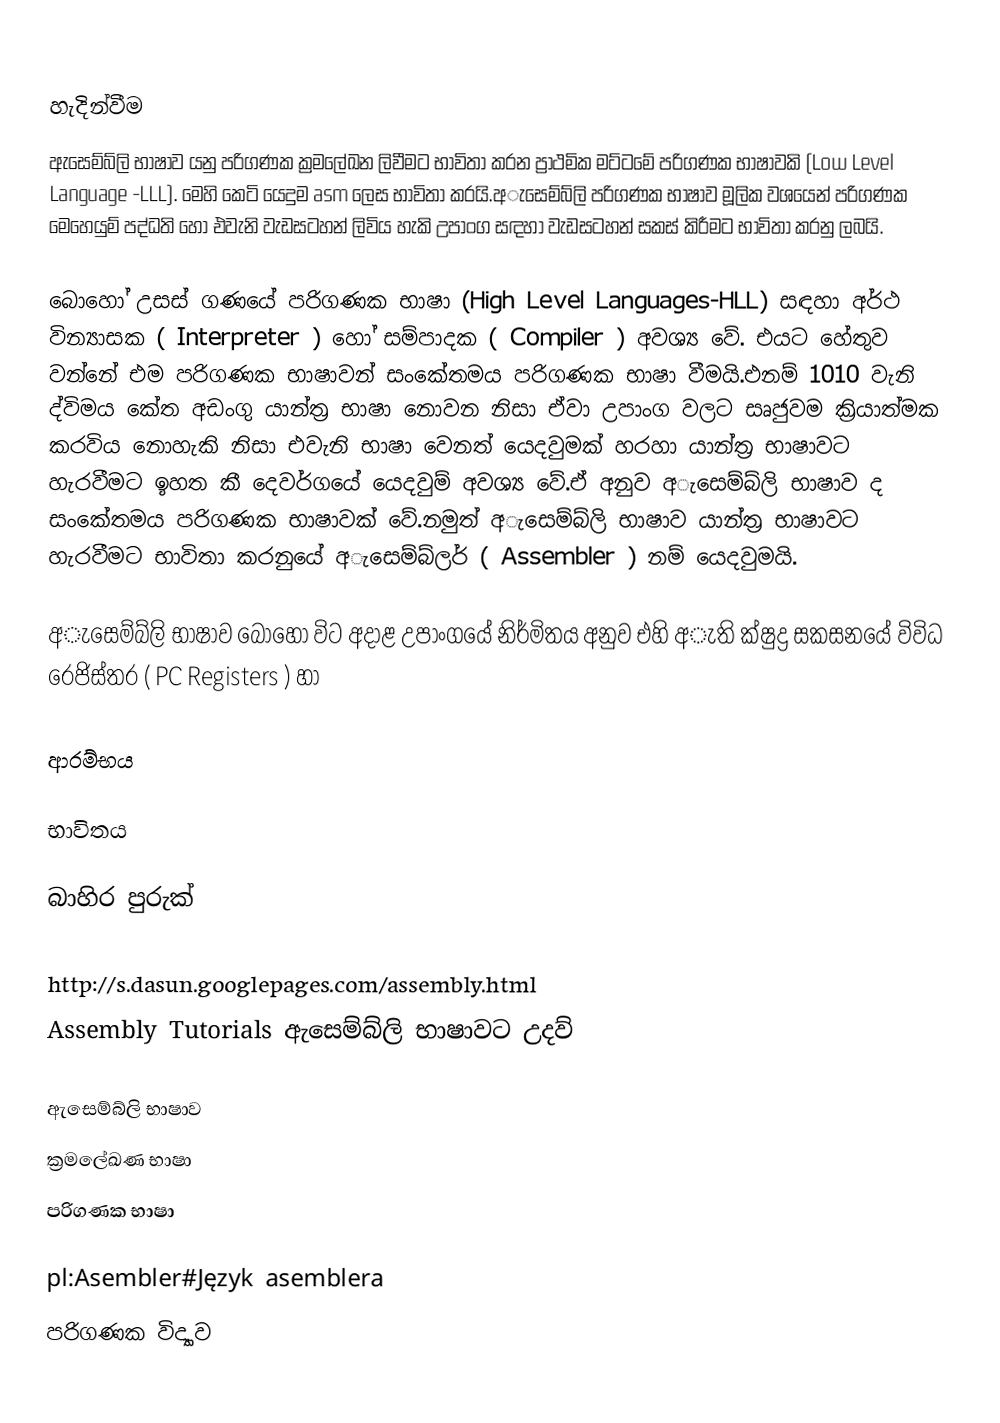

හැදින්වීම
ඇසෙම්බ්ලි භාෂාව යනු පරිගණක ක්‍රමලේඛන ලිවීමට භාවිතා කරන ප්‍රාථමික මට්ටමේ පරිගණක භාෂාවකි (Low Level Language -LLL). මෙහි කෙටි යෙදුම asm ලෙස භාවිතා කරයි.අැසෙම්බ්ලි පරිගණක භාෂාව මූලික වශයෙන් පරිගණක මෙහෙයුම් පද්ධති හෝ එවැනි වැඩසටහන් ලිවිය හැකි උපාංග සඳහා වැඩසටහන් සකස් කිරීමට භාවිතා කරනු ලබයි.

බොහෝ උසස් ගණයේ පරිගණක භාෂා (High Level Languages-HLL) සඳහා අර්ථ වින්‍යාසක ( Interpreter ) හෝ සම්පාදක ( Compiler ) අවශ්‍ය වේ. එයට හේතුව වන්නේ එම පරිගණක භාෂාවන් සංකේතමය පරිගණක භාෂා වීමයි.එනම් 1010 වැනි ද්විමය කේත අඩංගු යාන්ත්‍ර භාෂා නොවන නිසා ඒවා උපාංග වලට සෘජුවම ක්‍රියාත්මක කරවිය නොහැකි නිසා එවැනි භාෂා වෙනත් යෙදවුමක් හරහා යාන්ත්‍ර භාෂාවට හැරවීමට ඉහත කී දෙවර්ගයේ යෙදවුම් අවශ්‍ය වේ.ඒ අනුව අැසෙම්බ්ලි භාෂාව ද සංකේතමය පරිගණක භාෂාවක් වේ.නමුත් අැසෙම්බ්ලි භාෂාව යාන්ත්‍ර භාෂාවට හැරවීමට භාවිතා කරනුයේ අැසෙම්බ්ලර් ( Assembler ) නම් යෙදවුමයි.

අැසෙම්බ්ලි භාෂාව බොහෝ විට අදාළ උපාංගයේ නිර්මිතය අනුව එහි අැති ක්ෂුද්‍ර සකසනයේ විවිධ රෙජිස්තර ( PC Registers ) හා

ආරම්භය

භාවිතය

බාහිර පුරුක්

http://s.dasun.googlepages.com/assembly.html
 Assembly Tutorials ඇසෙම්බ්ලි භාෂාවට උදව්

ඇසෙම්බ්ලි භාෂාව
ක්‍රමලේඛණ භාෂා
පරිගණක භාෂා

pl:Asembler#Język asemblera
පරිගණක විද්‍යාව